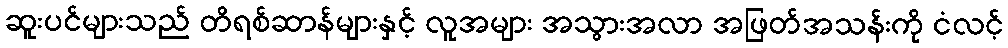
ဆူးပင်များသည် တိရစ်ဆာန်များနှင့် လူအများ အသွားအလာ အဖြတ်အသန်းကို ငံလင့်